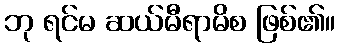
ဘု ရင်မ ဆယ်မီရာမိစ ဖြစ်၏။